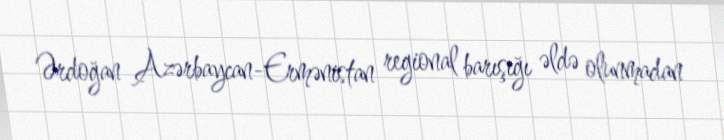
Ərdoğan Azərbaycan-Ermənistan regional barışığı əldə olunmadan